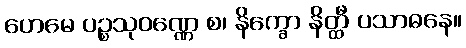
ဟေမေ ပဉ္စသုဝဏ္ဏေ စ၊ နိက္ခော နိတ္ထီ ပသာဓနေ။